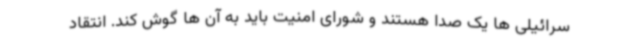
سرائیلی ها یک صدا هستند و شورای امنیت باید به آن ها گوش کند. انتقاد